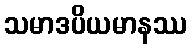
သမာဒပိယမာနဿ